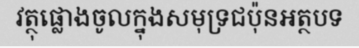
វត្ថុផ្លោងចូលក្នុងសមុទ្រជប៉ុនអត្ថបទ